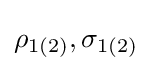
\rho _{1(2)},\sigma _{1(2)}